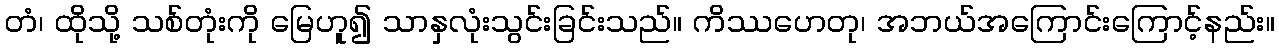
တံ၊ ထိုသို့ သစ်တုံးကို မြေဟူ၍ သာနှလုံးသွင်းခြင်းသည်။ ကိဿဟေတု၊ အဘယ်အကြောင်းကြောင့်နည်း။